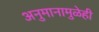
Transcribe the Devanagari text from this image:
अनुमानामुळेही